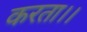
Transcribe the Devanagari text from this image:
करता।।